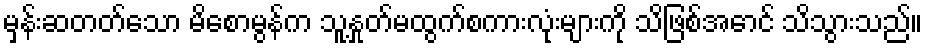
မှန်းဆတတ်သော မိစောမွန်က သူ့နှုတ်မထွက်စကားလုံးများကို သိဖြစ်အောင် သိသွားသည်။